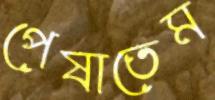
পেষাতেম